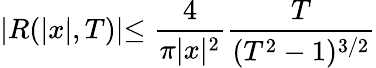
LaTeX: \vert R(\lvert x\rvert,T)\lvert\le\frac{4}{\pi\lvert x\rvert^{2}}\frac{T}{(T^{2}-1)^{3/2}}